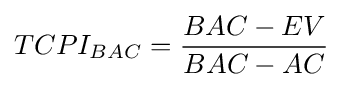
TCPI_{BAC}={BAC-EV \over BAC-AC}